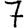
Digit: 7